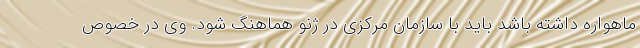
ماهواره داشته باشد باید با سازمان مرکزی در ژنو هماهنگ شود. وی در خصوص